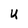
Character: U